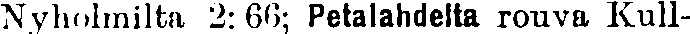
Nyholmilta 2:66; Petalahdelta rouva Kull-